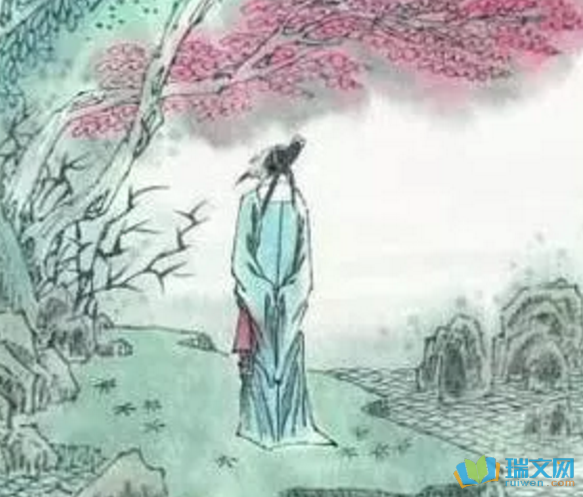
渐老念乡国，先归独羡君。